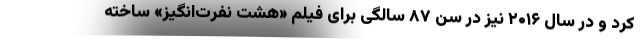
کرد و در سال ۲۰۱۶ نیز در سن ۸۷ سالگی برای فیلم «هشت نفرت‌انگیز» ساخته